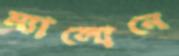
ম্যালোনে